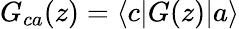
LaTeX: G_{ca}(z)=\langle c|G(z)|a\rangle